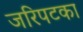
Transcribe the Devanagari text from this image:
जरिपटका